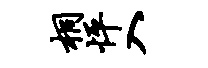
桐怦入